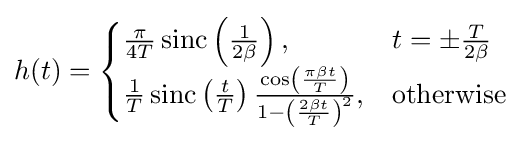
h(t)={\begin{cases}{\frac {\pi }{4T}}\operatorname {sinc} \left({\frac {1}{2\beta }}\right),&t=\pm {\frac {T}{2\beta }}\\{\frac {1}{T}}\operatorname {sinc} \left({\frac {t}{T}}\right){\frac {\cos \left({\frac {\pi \beta t}{T}}\right)}{1-\left({\frac {2\beta t}{T}}\right)^{2}}},&{\text{otherwise}}\end{cases}}